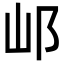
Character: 邖